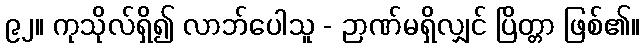
၉၂။ ကုသိုလ်ရှိ၍ လာဘ်ပေါသူ - ဉာဏ်မရှိလျှင် ပြိတ္တာ ဖြစ်၏။